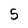
Character: 5